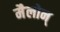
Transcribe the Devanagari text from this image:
मैलोन्